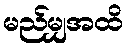
မည်မျှအထိ